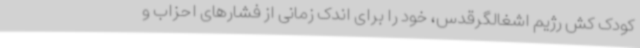
کودک کش رژیم اشغالگرقدس، خود را برای اندک زمانی از فشارهای احزاب و